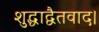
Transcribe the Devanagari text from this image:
शुद्धाद्वैतवाद।